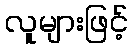
လူများဖြင့်